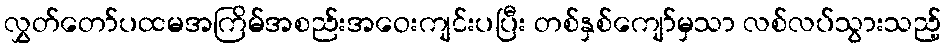
လွှတ်တော်ပထမအကြိမ်အစည်းအဝေးကျင်းပပြီး တစ်နှစ်ကျော်မှသာ လစ်လပ်သွားသည့်